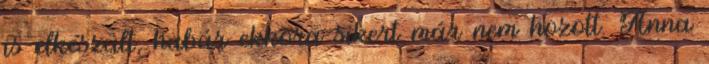
is elkészült, habár ekkora sikert már nem hozott. Anna